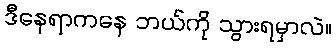
ဒီနေရာကနေ ဘယ်ကို သွားရမှာလဲ။